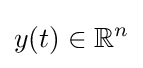
y(t)\in \mathbb {R} ^{n}